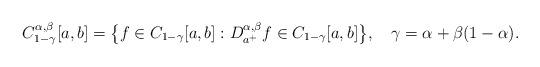
LaTeX: \begin{align*}C_{1-\gamma}^{\alpha,\beta}[a,b]= \big\{ f\in {C_{1-\gamma}[a,b]}:D_{a^+}^{\alpha,\beta}f \in {C_{1-\gamma}[a,b]} \big\}, \quad\gamma=\alpha+\beta(1-\alpha).\end{align*}